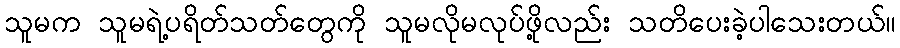
သူမက သူမရဲ့ပရိတ်သတ်တွေကို သူမလိုမလုပ်ဖို့လည်း သတိပေးခဲ့ပါသေးတယ်။